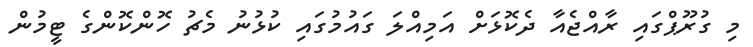
މި ގުރޫޕްގައި ރާއްޖެއާ ދެކޮޅަށް އަމިއްލަ ގައުމުގައި ކުޅުނު މެޗު ހޮންކޮންގެ ޓީމުން